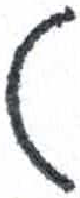
אות: ט